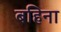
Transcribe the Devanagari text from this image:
बहिना